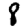
Digit: 8